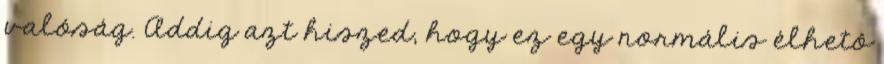
valóság. Addig azt hiszed, hogy ez egy normális élhetô